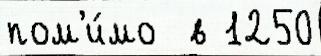
пом'и́мо  в 1250